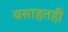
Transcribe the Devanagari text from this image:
वसाहतही